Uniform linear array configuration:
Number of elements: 4
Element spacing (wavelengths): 1
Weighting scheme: exponential
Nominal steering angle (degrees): -30
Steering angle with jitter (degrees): -31.144
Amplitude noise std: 0.05
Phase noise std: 0.05

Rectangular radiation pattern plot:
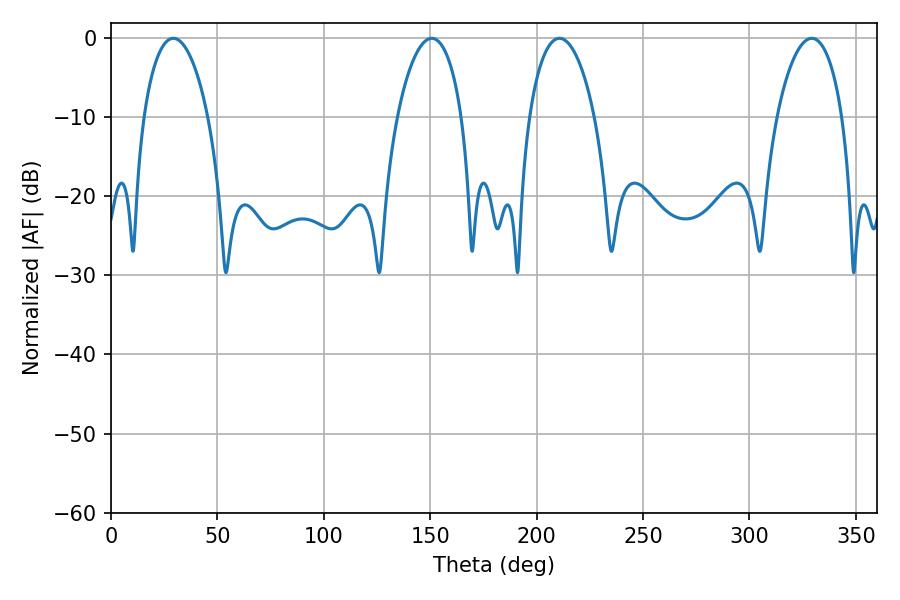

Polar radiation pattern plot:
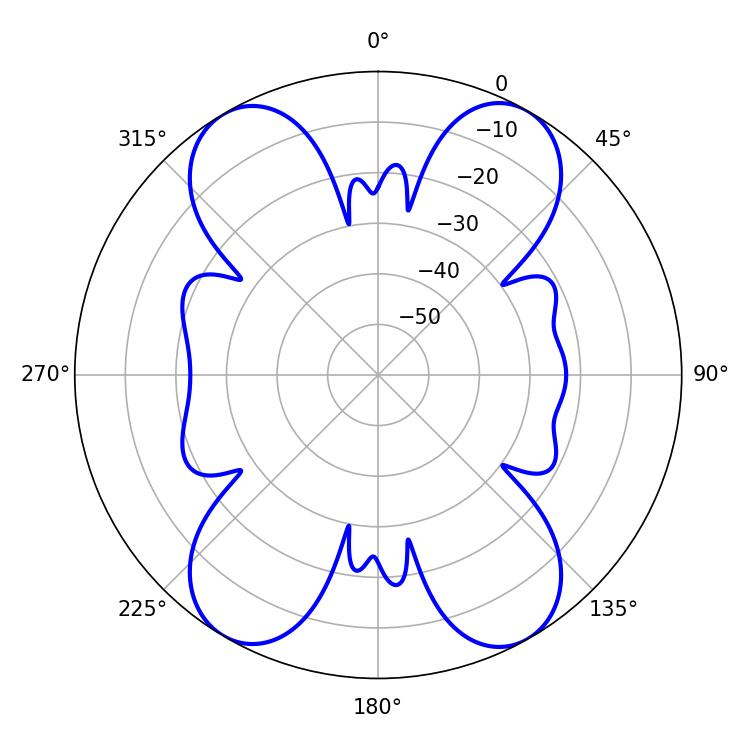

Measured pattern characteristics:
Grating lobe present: TRUE
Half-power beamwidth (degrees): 17.28
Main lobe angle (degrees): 29.34